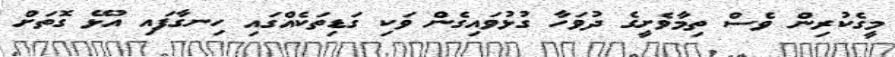
މީގެކުރިން ވެސް ތިމާވެށީގެ ދުވަހާ ގުޅުވައިގެން ވަކި ގަޑިތަކެއްގައި ހިނގާފައި އުޅޭ ގޮތަށް